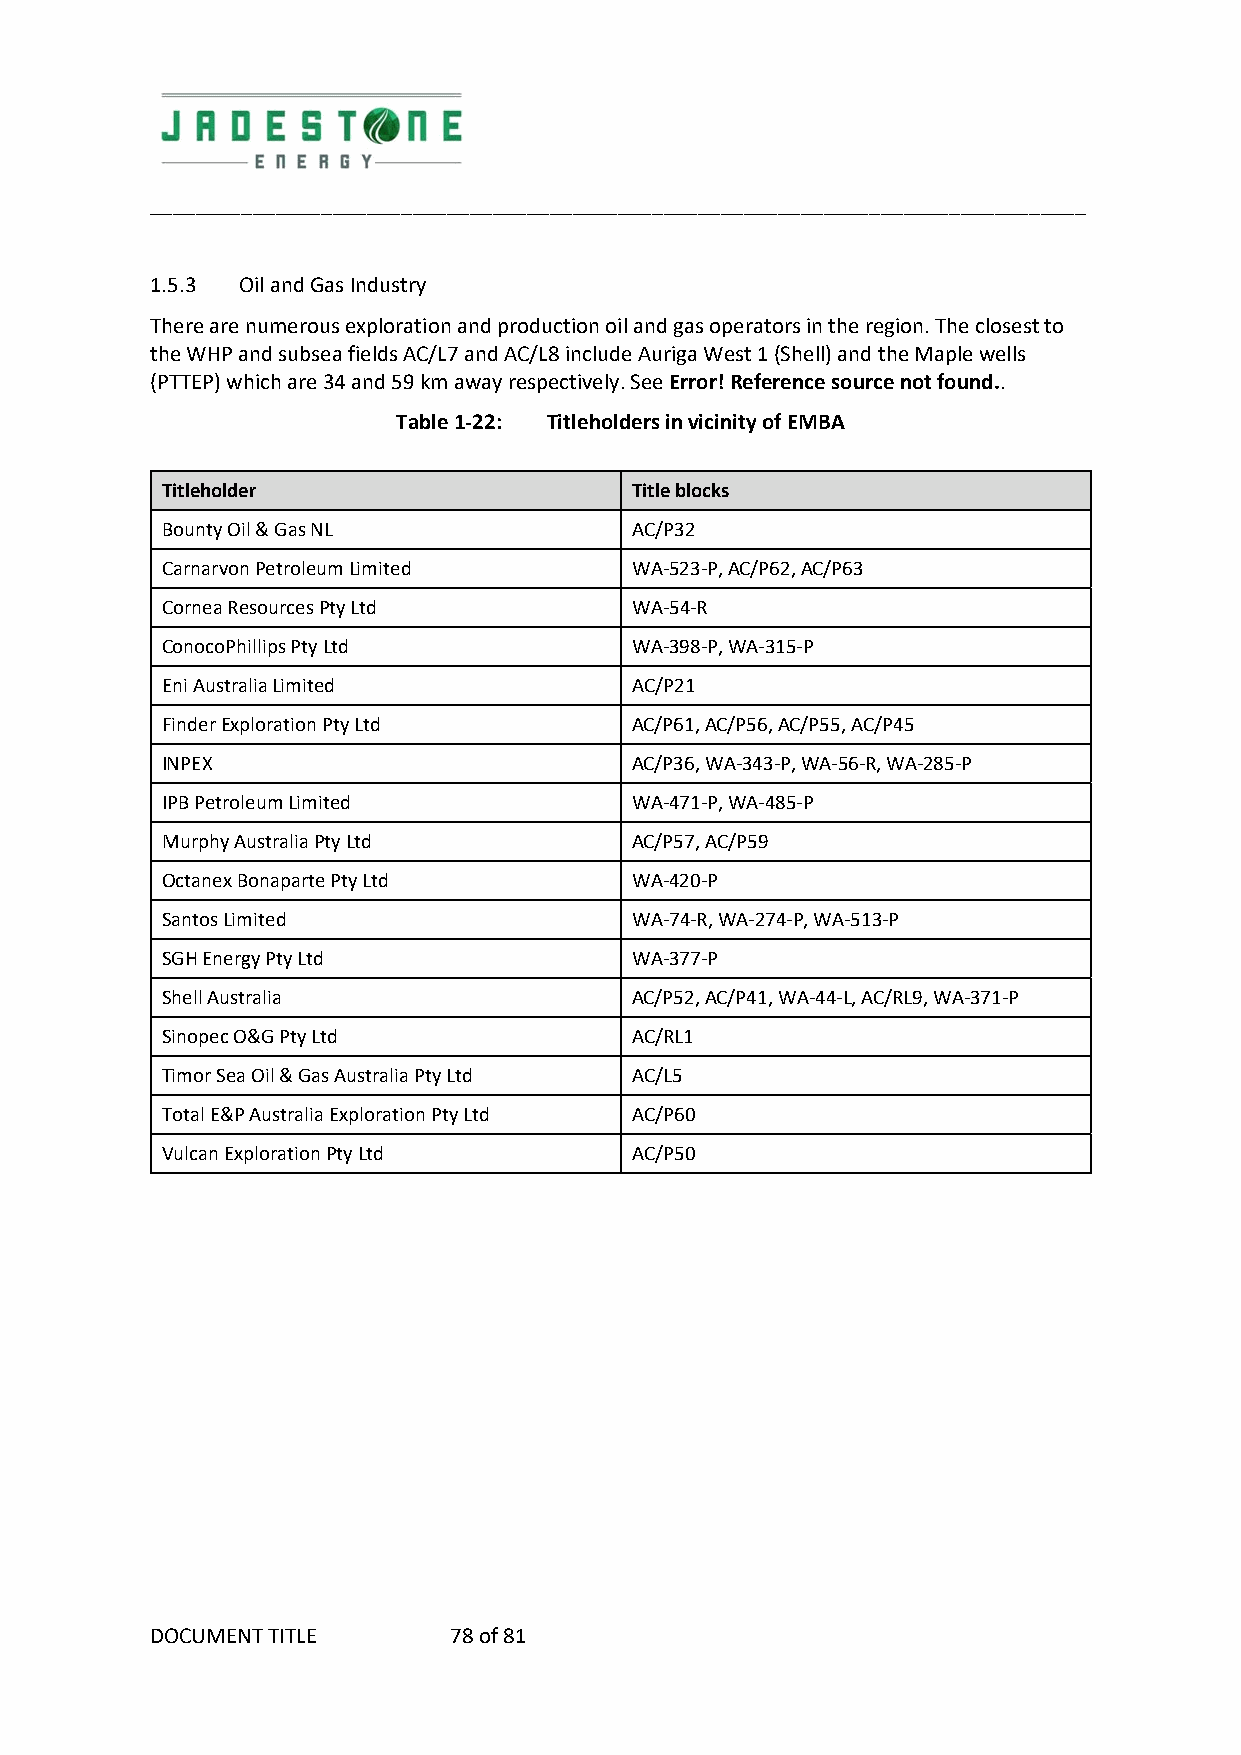
__________________________________________________________________________________
 1.5.3 Oil and Gas Industry
 There are numerous exploration and production oil and gas operators in the region. The closest to
 the WHP and subsea fields AC/L7 and AC/L8 include Auriga West 1 (Shell) and the Maple wells
 (PTTEP) which are 34 and 59 km away respectively. See Error! Reference source not found..
 Table 1‐22: Titleholders in vicinity of EMBA
 Titleholder                    Title blocks
 Bounty Oil & Gas NL            AC/P32
 Carnarvon Petroleum Limited    WA‐523‐P, AC/P62, AC/P63
 Cornea Resources Pty Ltd       WA‐54‐R
 ConocoPhillips Pty Ltd         WA‐398‐P, WA‐315‐P
 Eni Australia Limited          AC/P21
 Finder Exploration Pty Ltd     AC/P61, AC/P56, AC/P55, AC/P45
 INPEX                          AC/P36, WA‐343‐P, WA‐56‐R, WA‐285‐P
 IPB Petroleum Limited          WA‐471‐P, WA‐485‐P
 Murphy Australia Pty Ltd       AC/P57, AC/P59
 Octanex Bonaparte Pty Ltd      WA‐420‐P
 Santos Limited                 WA‐74‐R, WA‐274‐P, WA‐513‐P
 SGH Energy Pty Ltd             WA‐377‐P
 Shell Australia                AC/P52, AC/P41, WA‐44‐L, AC/RL9, WA‐371‐P
 Sinopec O&G Pty Ltd            AC/RL1
 Timor Sea Oil & Gas Australia Pty Ltd AC/L5
 Total E&P Australia Exploration Pty Ltd AC/P60
 Vulcan Exploration Pty Ltd     AC/P50
 DOCUMENT TITLE      78 of 81